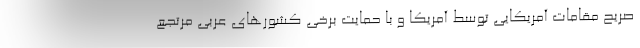
صریح مقامات آمریکایی توسط آمریکا و با حمایت برخی کشورهای عربی مرتجع